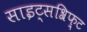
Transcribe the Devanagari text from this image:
साइट्सश्रिफ़्ट